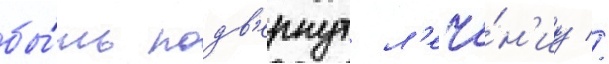
бы́ть подв'ернут л'ече́н'иу //